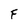
Character: F